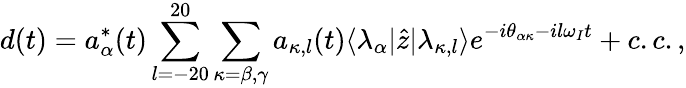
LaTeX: d(t)=a_{\alpha}^{\ast}(t)\sum_{l=-20}^{20}\sum_{\kappa=\beta,\gamma}a_{\kappa,l}(t)\langle\lambda_{\alpha}|\hat{z}|\lambda_{\kappa,l}\rangle e^{-i\theta_{\alpha\kappa}-il\omega_{I}t}+c.c.,